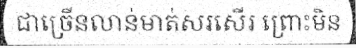
ជាច្រើនលាន់មាត់សរសើរ ព្រោះមិន